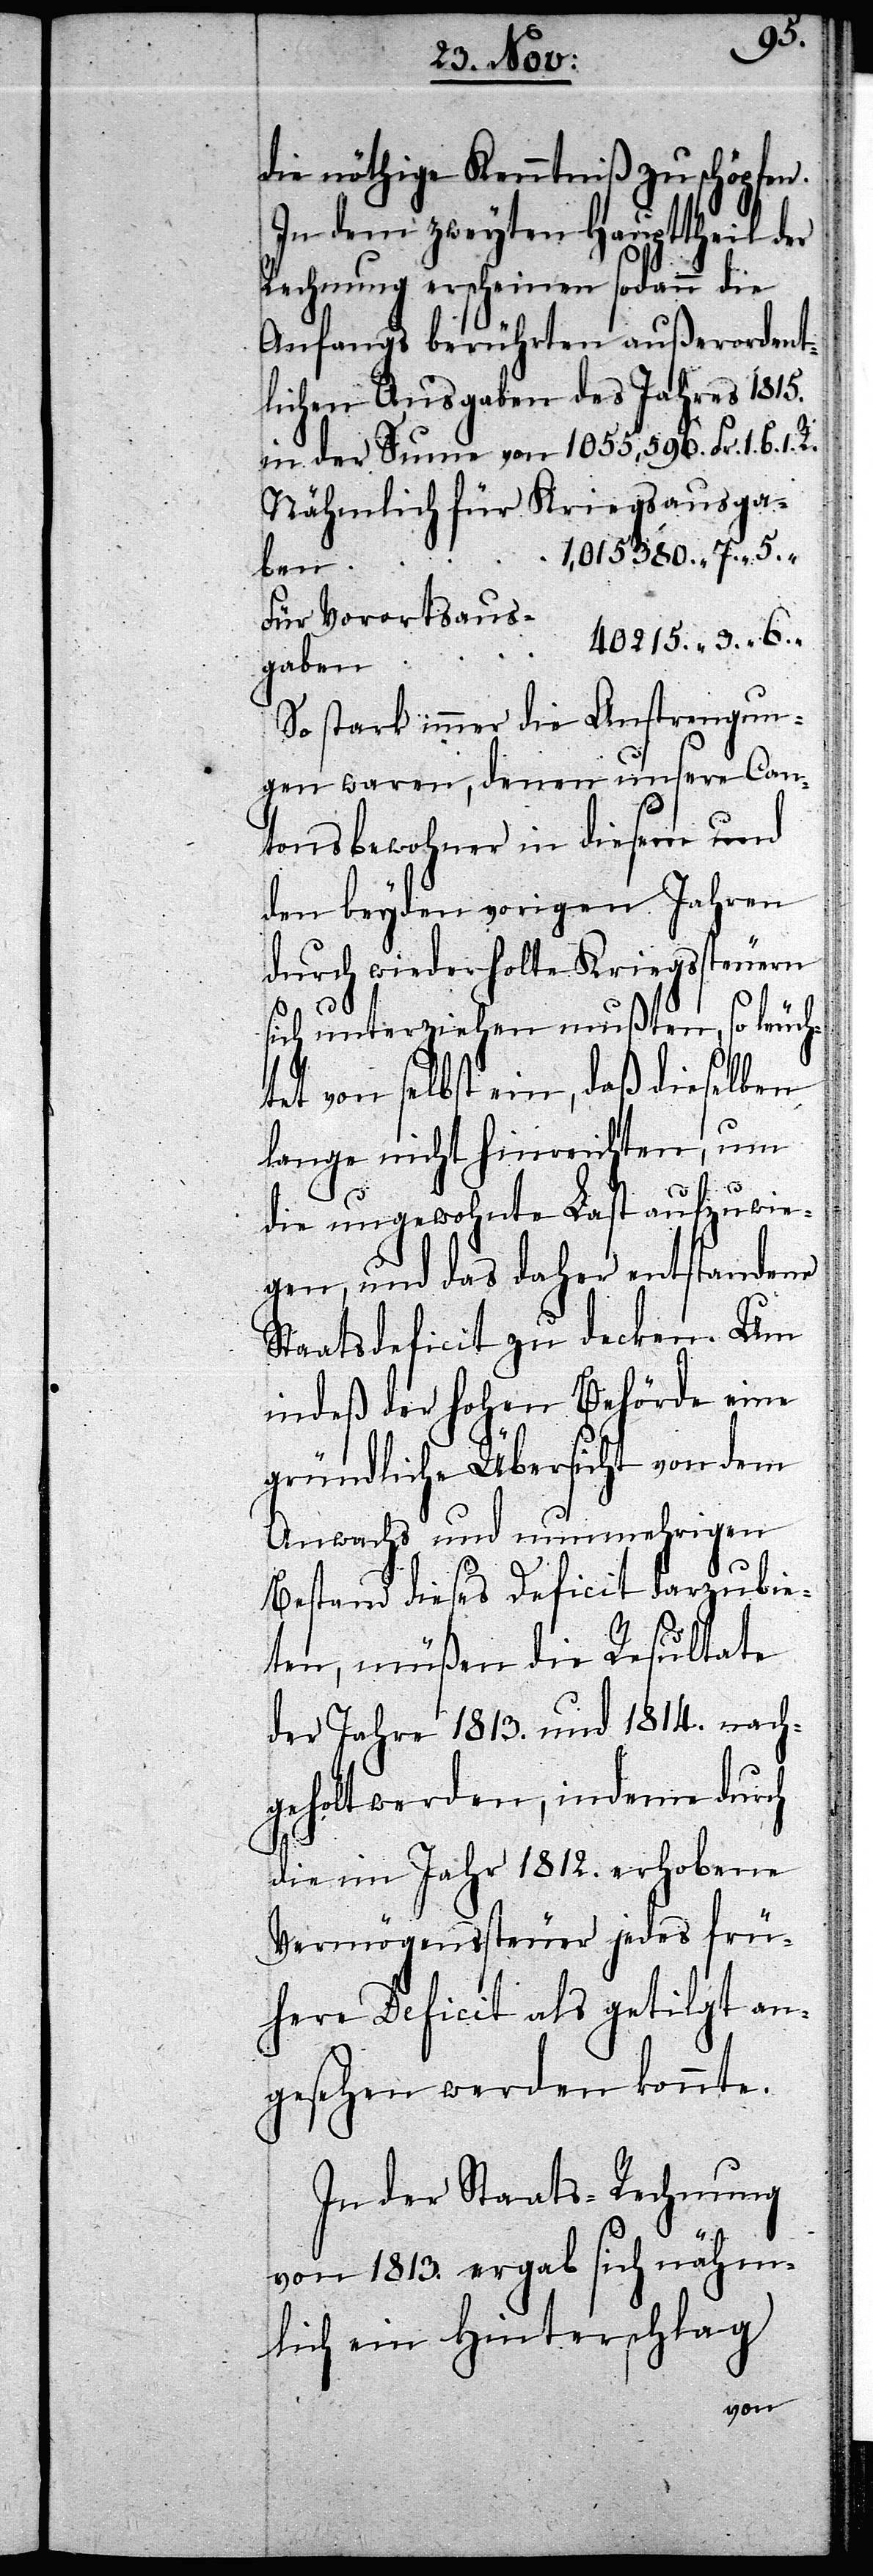
die nöthige Kenntniß zu schöpfen.
In dem zweyten Haupttheil der
Rechnung erscheinen sodann die
Anfangs berührten außerordent¬
lichen Ausgaben des Jahres 1815.
in der Summe von 1055,596. Fr. 1. B.
Nähmlich für Kriegsausgabe¬
1,015380. “ 7. “
“
Für Vorortsaus¬
40215. “ 3. “
gaben
So stark immer die Anstrengun¬
gen waren, denen unsere Can¬
tonsbewohner in diesem und
den beyden vorigen Jahren
durch wiederholte Kriegssteuern
1.
sich unterziehen mußten, so leuch¬
tet von selbst ein, daß dieselben
lange nicht hinreichten, um
6.
die ungewohnte Last aufzuwie¬
gen, und das daher entstandene
Staatsdeficit zu decken. Um
indeß der Hohen Behörde eine
gründliche Übersicht von dem
Anwachs und nunmehrigen
Bestand dieses Deficit darzubie¬
ten, müßen die Resultate
der Jahre 1813. und 1814. nach¬
geholt werden, indeme durch
die im Jahr 1812. erhobene
Vermögenssteuer jedes frü¬
here Deficit als getilgt an¬
gesehen werden könnte.
In der Staats-Rechnung
von 1813. ergab sich nähm¬
lich ein Hinterschlag